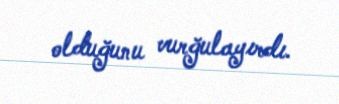
olduğunu vurğulayırdı.